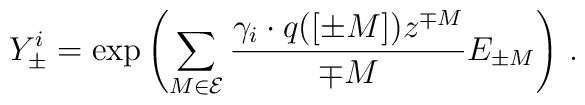
Y^{i}_{\pm }=\exp \left( \sum _{M\in \cal E}\frac{\gamma _{i}\cdot q([\pm M])z^{\mp M}}{\mp M}E_{\pm M}\right) \, .